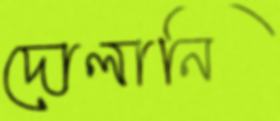
দোলানি